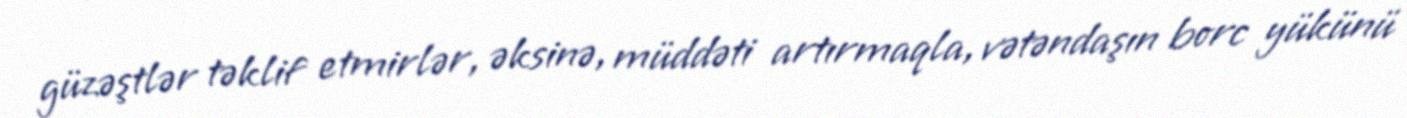
güzəştlər təklif etmirlər, əksinə, müddəti artırmaqla, vətəndaşın borc yükünü